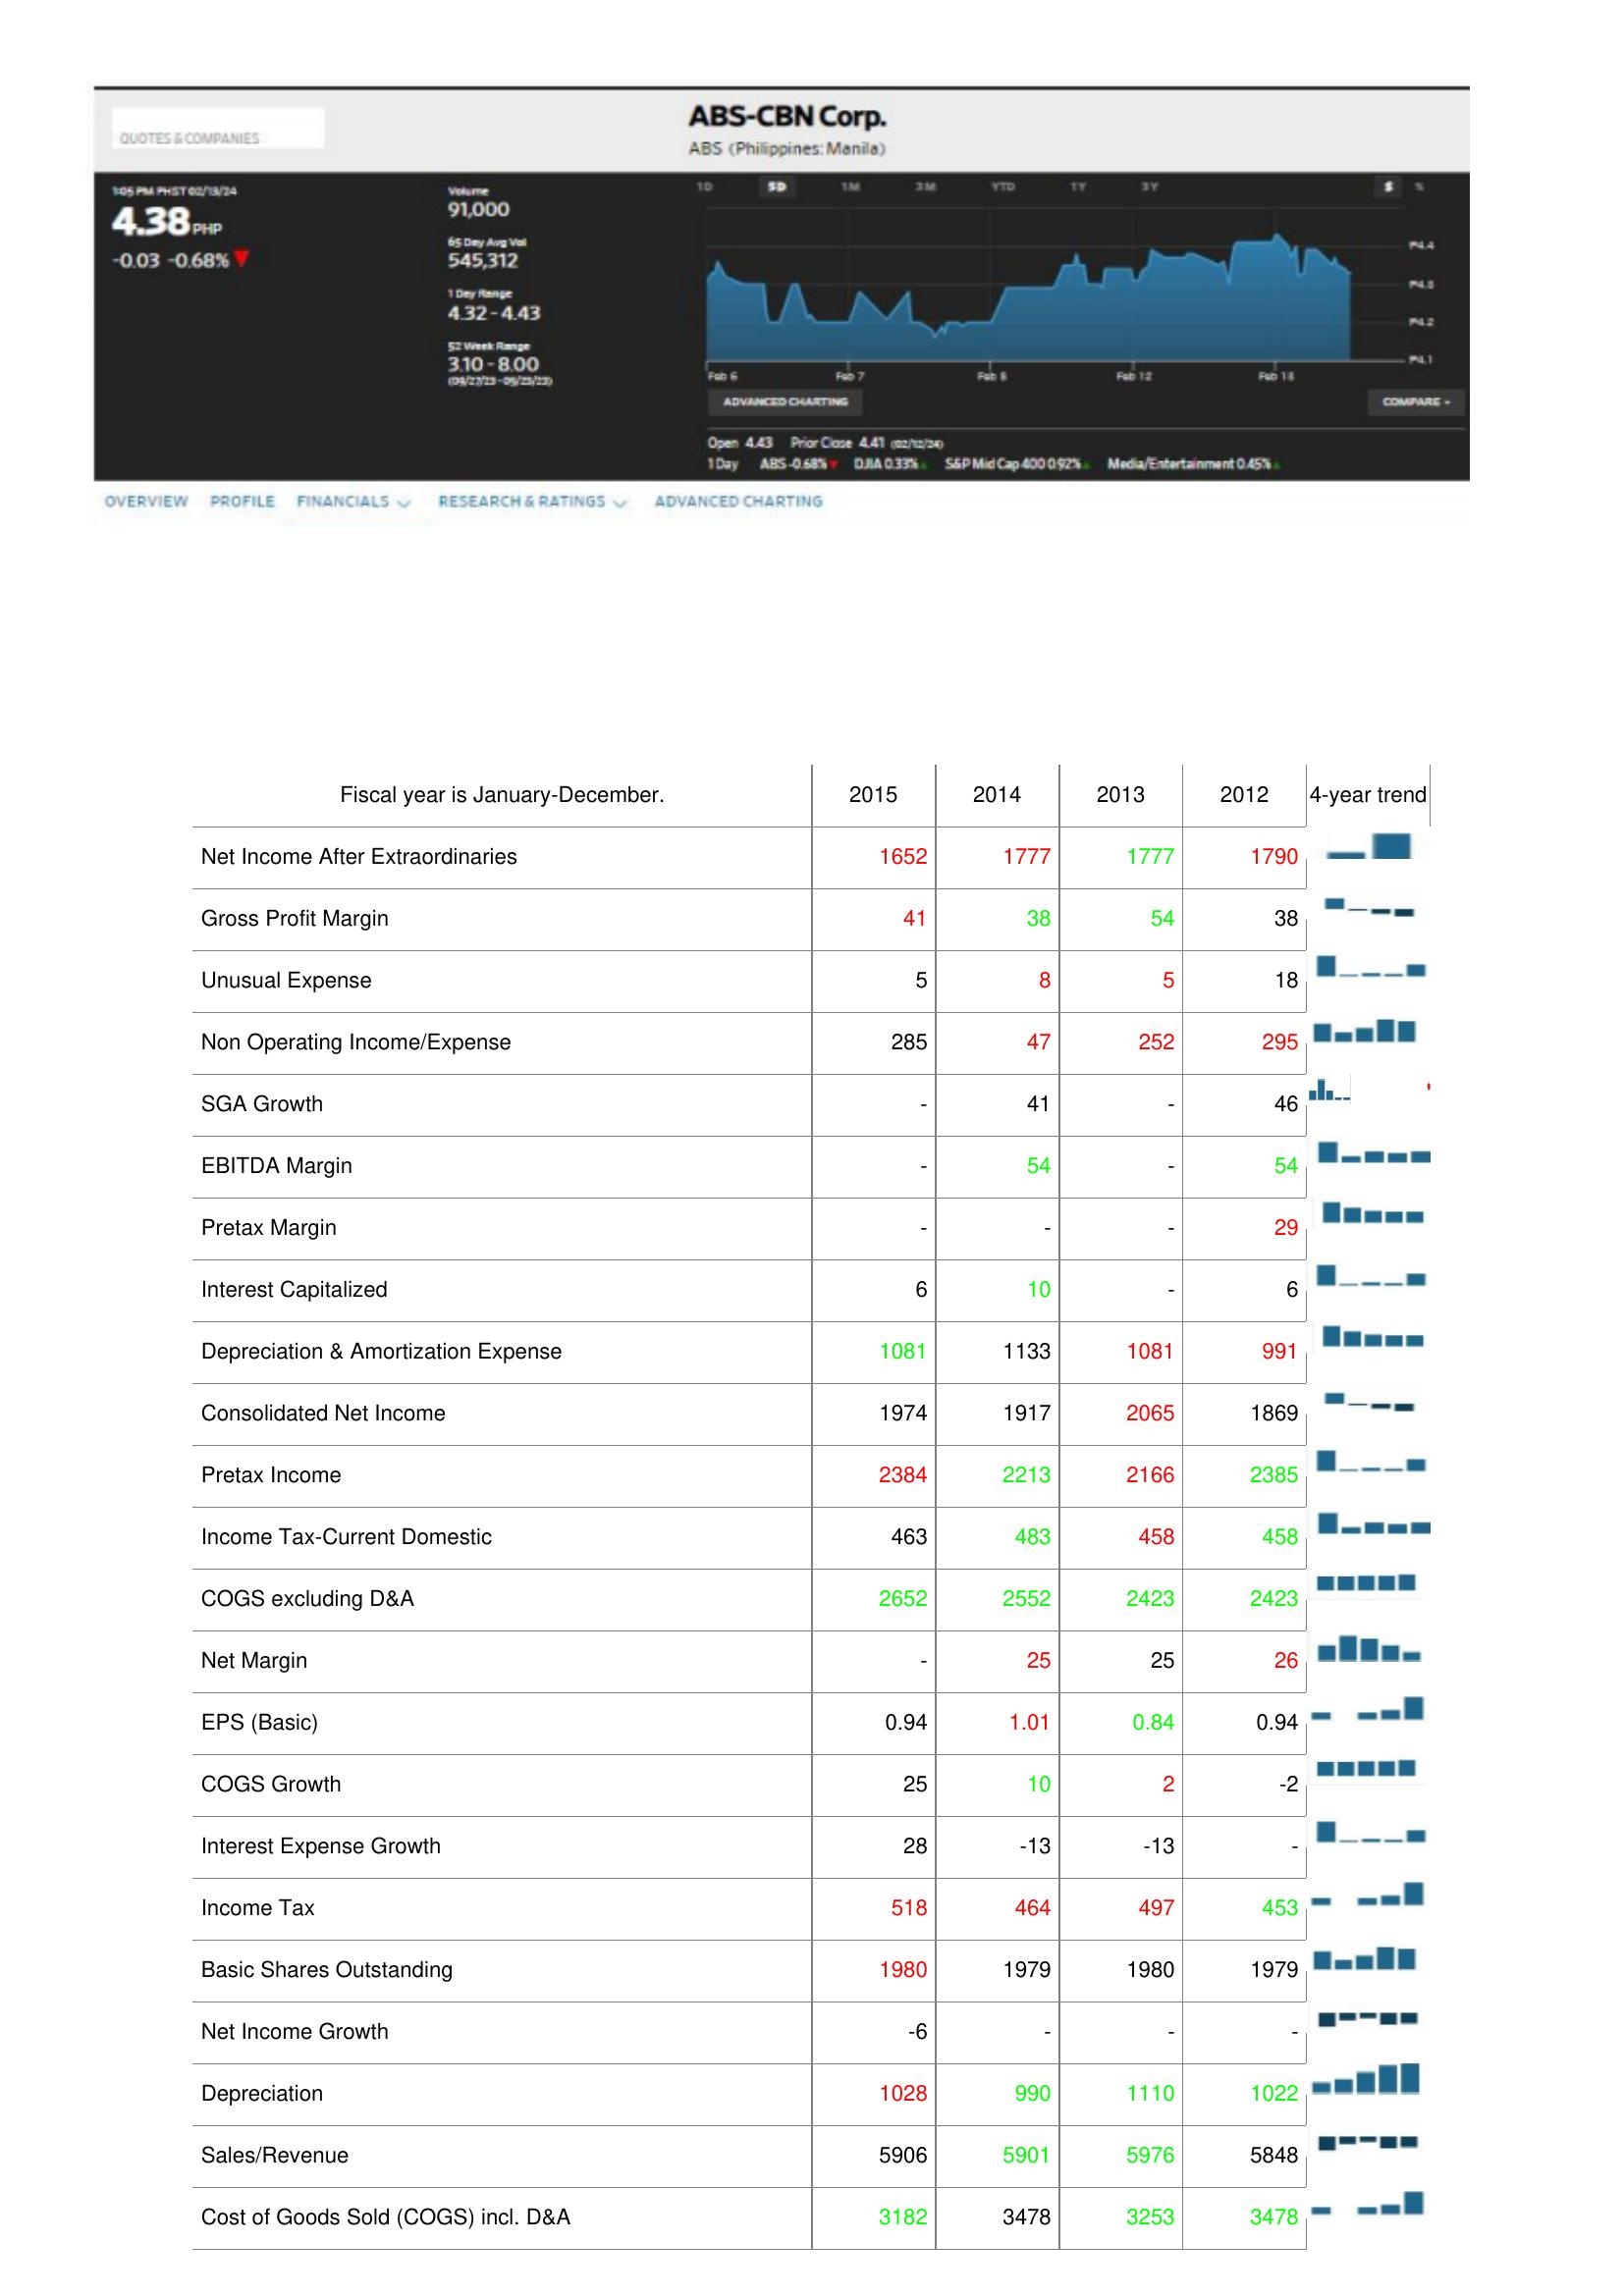
2015: : Net Income After Extraordinaries: 1652
Gross Profit Margin: 41
Unusual Expense: 5
Non Operating Income/Expense: 285
SGA Growth: -
EBITDA Margin: -
Pretax Margin: -
Interest Capitalized: 6
Depreciation & Amortization Expense: 1081
Consolidated Net Income: 1974
Pretax Income: 2384
Income Tax-Current Domestic: 463
COGS excluding D&A: 2652
Net Margin: -
EPS (Basic): 0.94
COGS Growth: 25
Interest Expense Growth: 28
Income Tax: 518
Basic Shares Outstanding: 1980
Net Income Growth: -6
Depreciation: 1028
Sales/Revenue: 5906
Cost of Goods Sold (COGS) incl. D&A: 3182
2014: : Net Income After Extraordinaries: 1777
Gross Profit Margin: 38
Unusual Expense: 8
Non Operating Income/Expense: 47
SGA Growth: 41
EBITDA Margin: 54
Pretax Margin: -
Interest Capitalized: 10
Depreciation & Amortization Expense: 1133
Consolidated Net Income: 1917
Pretax Income: 2213
Income Tax-Current Domestic: 483
COGS excluding D&A: 2552
Net Margin: 25
EPS (Basic): 1.01
COGS Growth: 10
Interest Expense Growth: -13
Income Tax: 464
Basic Shares Outstanding: 1979
Net Income Growth: -
Depreciation: 990
Sales/Revenue: 5901
Cost of Goods Sold (COGS) incl. D&A: 3478
2013: : Net Income After Extraordinaries: 1777
Gross Profit Margin: 54
Unusual Expense: 5
Non Operating Income/Expense: 252
SGA Growth: -
EBITDA Margin: -
Pretax Margin: -
Interest Capitalized: -
Depreciation & Amortization Expense: 1081
Consolidated Net Income: 2065
Pretax Income: 2166
Income Tax-Current Domestic: 458
COGS excluding D&A: 2423
Net Margin: 25
EPS (Basic): 0.84
COGS Growth: 2
Interest Expense Growth: -13
Income Tax: 497
Basic Shares Outstanding: 1980
Net Income Growth: -
Depreciation: 1110
Sales/Revenue: 5976
Cost of Goods Sold (COGS) incl. D&A: 3253
2012: : Net Income After Extraordinaries: 1790
Gross Profit Margin: 38
Unusual Expense: 18
Non Operating Income/Expense: 295
SGA Growth: 46
EBITDA Margin: 54
Pretax Margin: 29
Interest Capitalized: 6
Depreciation & Amortization Expense: 991
Consolidated Net Income: 1869
Pretax Income: 2385
Income Tax-Current Domestic: 458
COGS excluding D&A: 2423
Net Margin: 26
EPS (Basic): 0.94
COGS Growth: -2
Interest Expense Growth: -
Income Tax: 453
Basic Shares Outstanding: 1979
Net Income Growth: -
Depreciation: 1022
Sales/Revenue: 5848
Cost of Goods Sold (COGS) incl. D&A: 3478